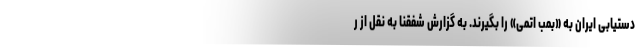
دستیابی ایران به «بمب اتمی» را بگیرند. به گزارش شفقنا به نقل از ر